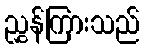
ညွှန်ကြားသည်